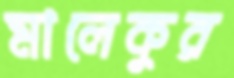
মালেকুর